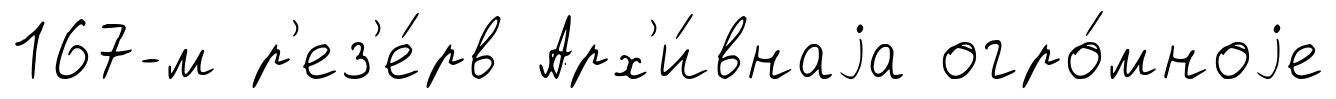
167-м р'ез'е́рв Арх'и́внаjа огро́мноjе